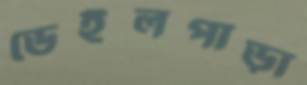
ডেইলপাড়া